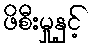
ဖိစီးမှုနှင့်